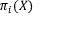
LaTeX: \pi _ { i } ( X )